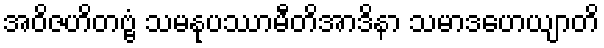
အဝိဇဟိတဗ္ဗံ သမနုပဿာမီတိအာဒိနာ သမာဒဟေယျာတိ